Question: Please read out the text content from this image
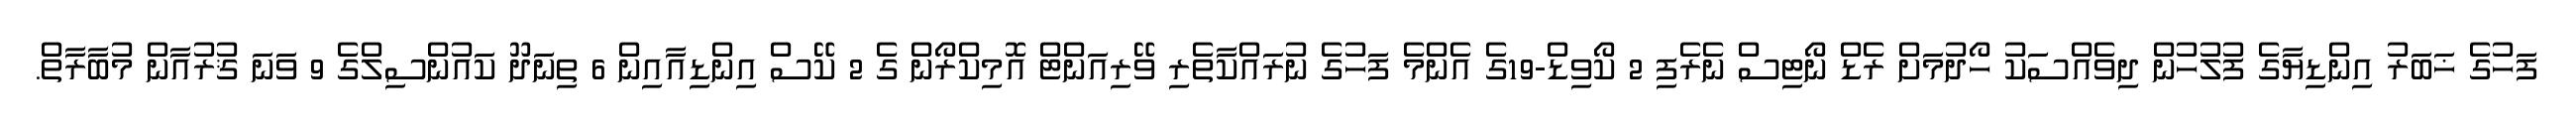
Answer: ފަހުގެ ޚަބަރު އިންޑިޔާގެ ފުލުހުން ދިވެއްސަކު ހޯދުމަށް ރެޑް ނޯޓިސް ނެރެފި 2 ކޯވިޑް-19ގެ އެންމެ ފަހުގެ ނުރައްކާތެރި ވޭރިއަންޓް އޮމިކްރޯން ގެ 2 ކޭސް އިންޑިއާއިން 6 ތިނަދޫ ކައުންސިލްގެ 9 ވަނަ ޤުރުއާން މުބާރާތް.